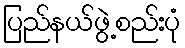
ပြည်နယ်ဖွဲ့စည်းပုံ